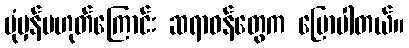
ပုံမှန်မဟုတ်ကြောင်း ဆရာဝန်တွေက ပြောပါတယ်။